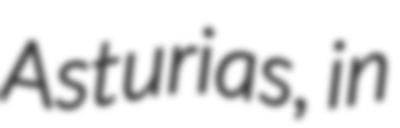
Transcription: Asturias, in